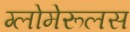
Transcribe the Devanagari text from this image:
ग्लोमेरूलस